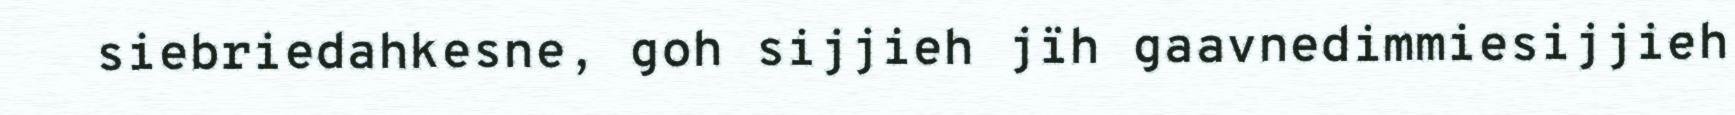
siebriedahkesne, goh sijjieh jïh gaavnedimmiesijjieh